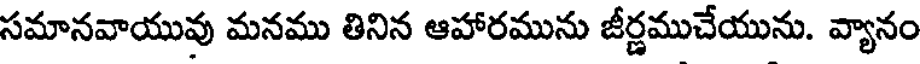
సమానవాయువు మనము తినిన ఆహారమును జీర్ణముచేయును. వ్యానం